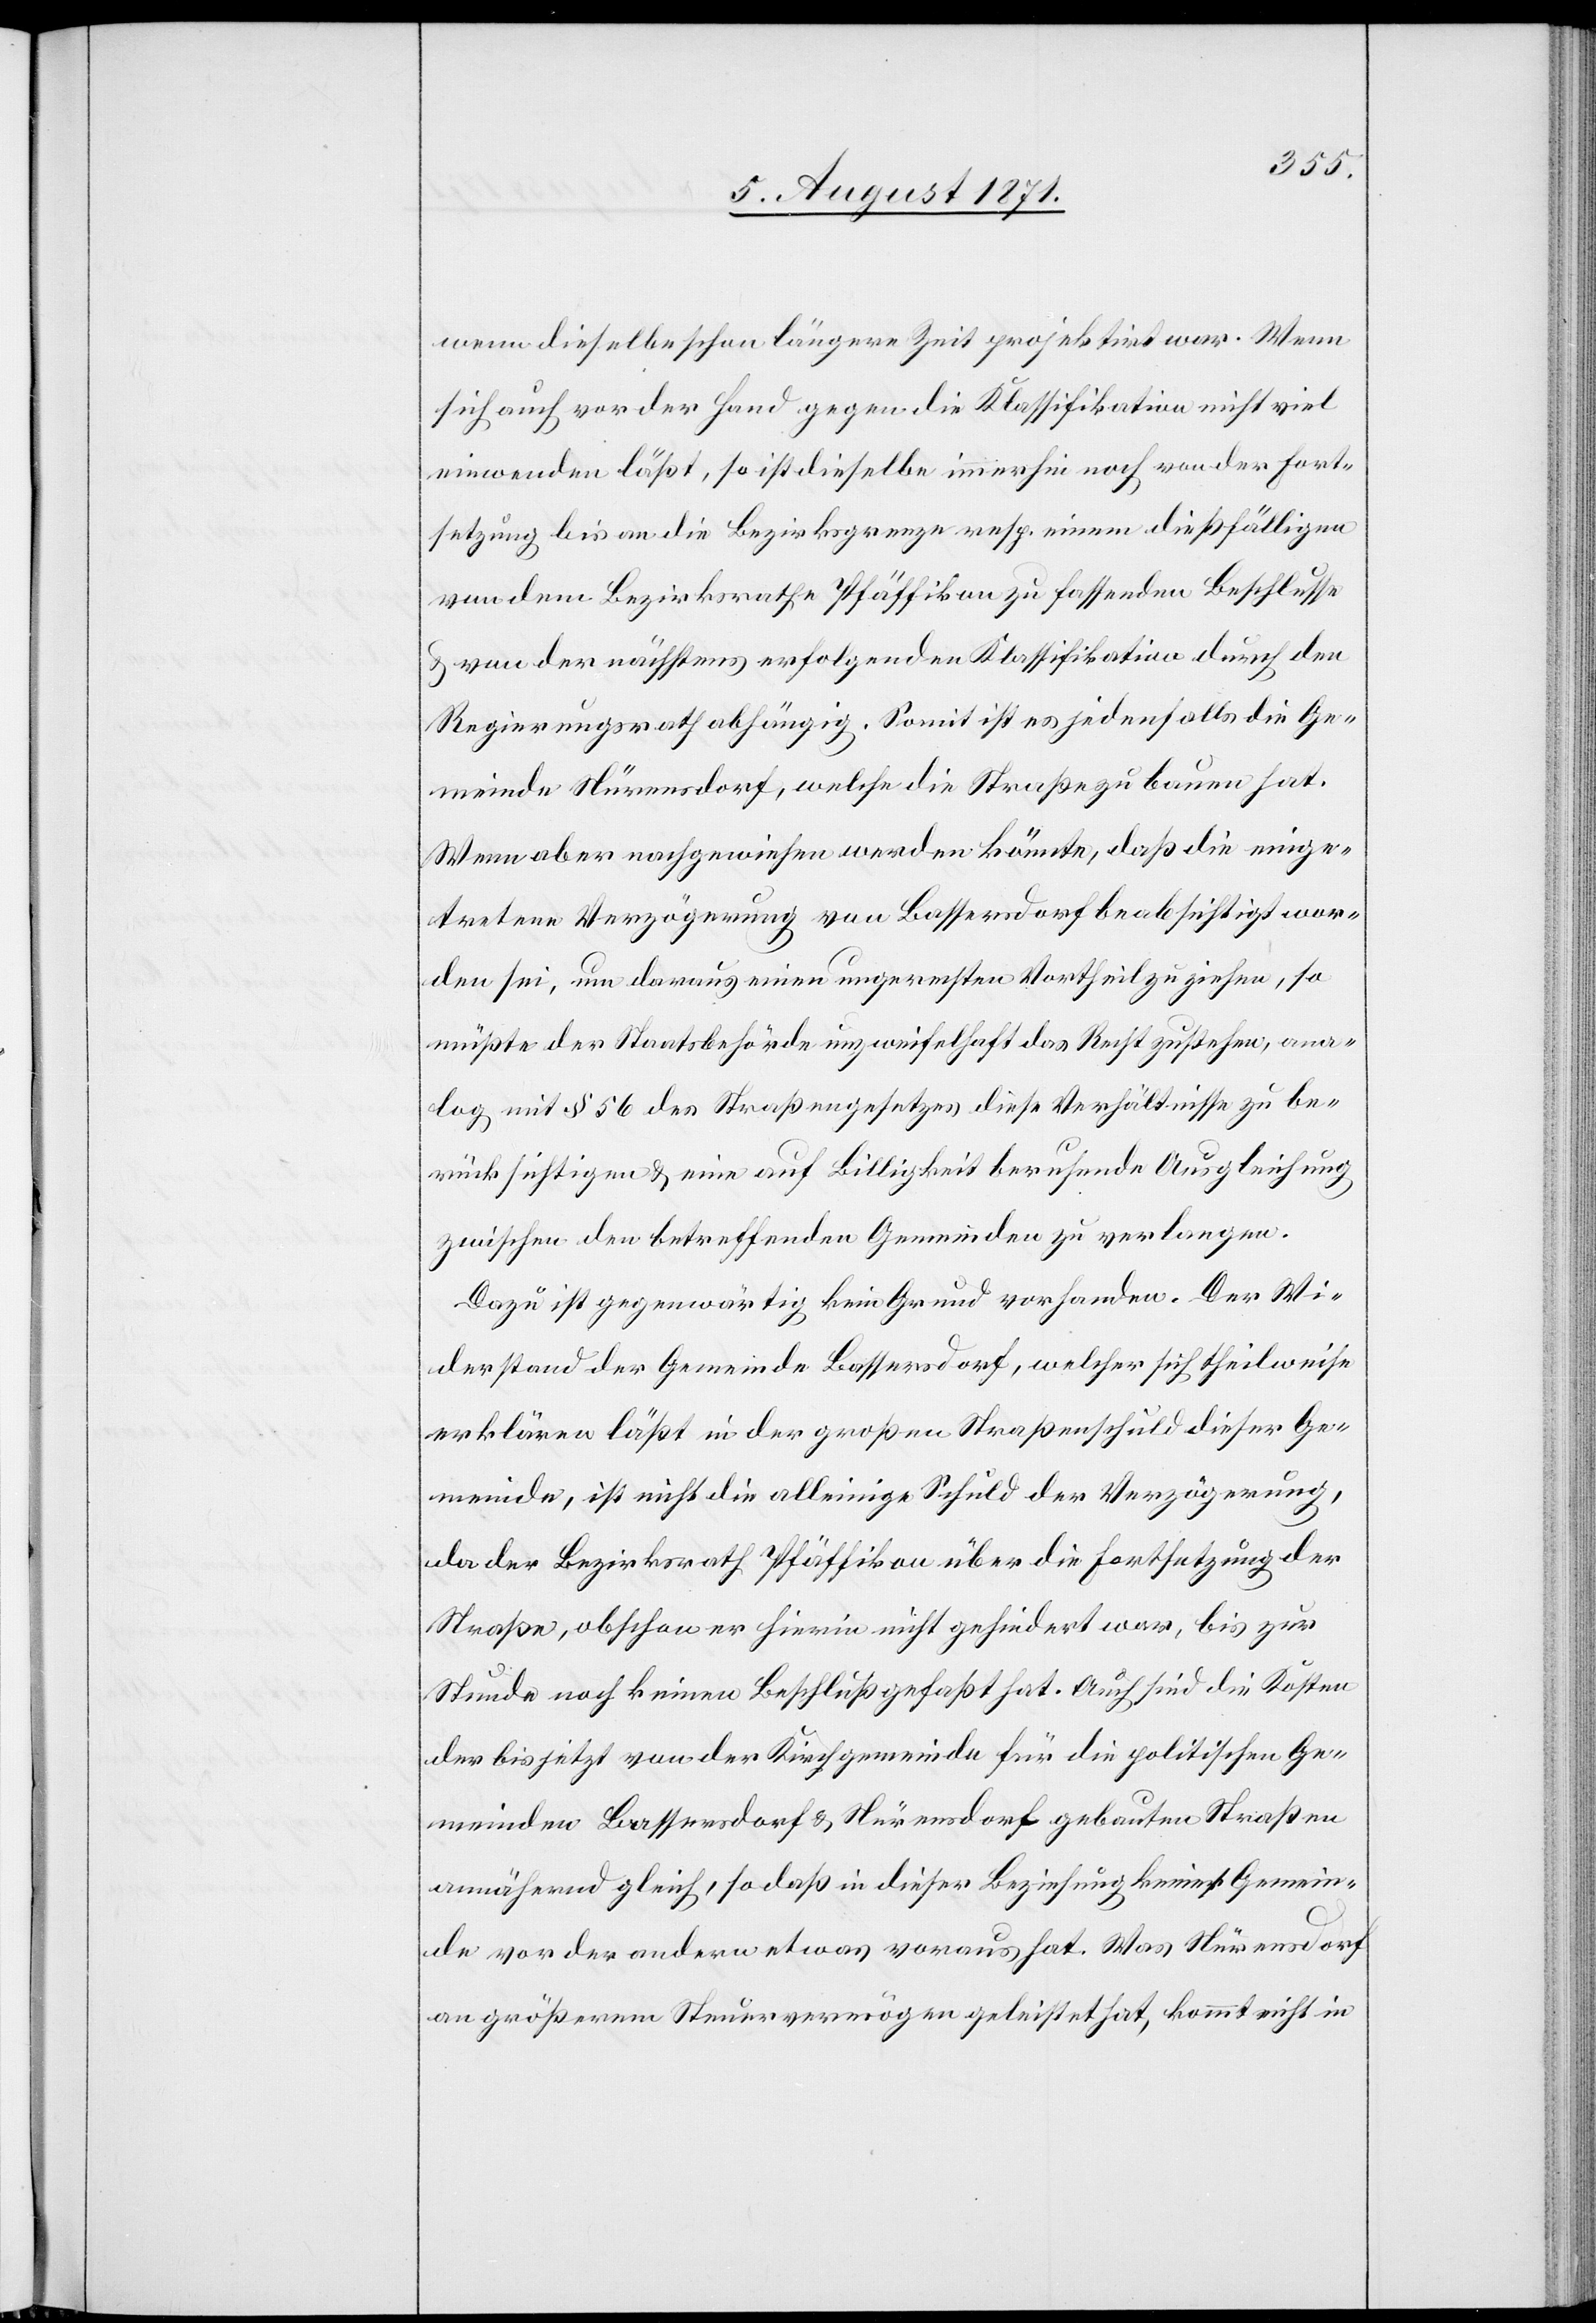
wenn dieselbe schon längere Zeit projektirt war. Wenn
sich auch vor der Hand gegen die Klassifikation nicht viel
einwenden läßt, so ist dieselbe immerhin noch von der Fort¬
setzung bis an die Bezirksgrenze resp. einem dießfälligen
von dem Bezirksrathe Pfäffikon zu fassenden Beschlusse
u. von der nächstens erfolgenden Klassifikation durch den
Regierungsrath abhängig. Somit ist es jedenfalls die Ge¬
meinde Nürensdorf, welche die Straße zu bauen hat.
Wenn aber nachgewiesen werden könnte, daß die einge¬
tretene Verzögerung von Bassersdorf beabsichtigt wor¬
den sei, um daraus einen ungerechten Vortheil zu ziehen, so
müßte der Staatsbehörde unzweifelhaft das Recht zustehen, ana¬
log mit § 56 des Straßengesetzes diese Verhältnisse zu be¬
rücksichtigen u. eine auf Billigkeit beruhende Ausgleichung
zwischen den betreffenden Gemeinden zu verlangen.
Dazu ist gegenwärtig kein Grund vorhanden. Der Wi¬
derstand der Gemeinde Bassersdorf, welcher sich theilweise
erklären läßt in der großen Straßenschuld dieser Ge¬
meinde, ist nicht die alleinige Schuld der Verzögerung,
da der Bezirksrath Pfäffikon über die Fortsetzung der
Straße, obschon er hierin nicht gehindert war, bis zu
Stunde noch keinen Beschluß gefaßt hat. Auch sind die Kosten
der bis jetzt von der Kirchgemeinde für die politischen Ge¬
meinden Bassersdorf u. Nürensdorf gebauten Straßen
annähernd gleich, so daß in dieser Beziehung keine Gemein¬
de von der andern etwas voraus hat. Was Nürensdorf
an größerem Steuervermögen geleistet hat, kommt nicht in